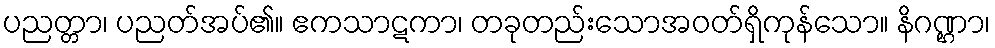
ပညတ္တာ၊ ပညတ်အပ်၏။ ဧကသာဋကာ၊ တခုတည်းသောအဝတ်ရှိကုန်သော။ နိဂဏ္ဌာ၊